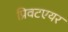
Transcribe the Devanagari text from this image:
प्रिवटएयर